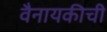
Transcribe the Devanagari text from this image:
वैनायकीची